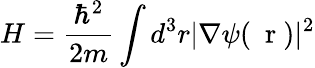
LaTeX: H=\frac{\hbar^{2}}{2m}\int d^{3}r|\nabla\psi(\mathrm{~\mathbf~r~})|^{2}